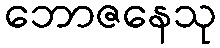
ဘောဇနေသု